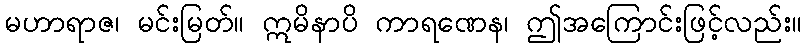
မဟာရာဇ၊ မင်းမြတ်။ ဣမိနာပိ ကာရဏေန၊ ဤအကြောင်းဖြင့်လည်း။